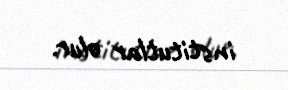
institutlar olur.